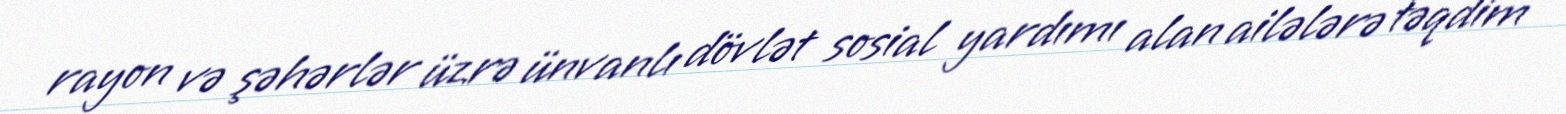
rayon və şəhərlər üzrə ünvanlı dövlət sosial yardımı alan ailələrə təqdim